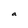
Character: a